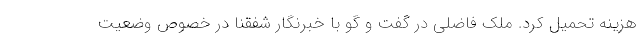
هزینه تحمیل کرد. ملک فاضلی در گفت و گو با خبرنگار شفقنا در خصوص وضعیت